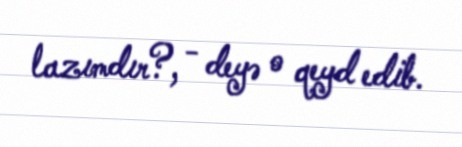
lazımdır?, - deyə o qeyd edib.